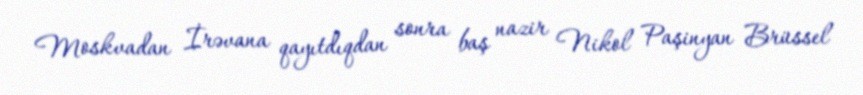
Moskvadan İrəvana qayıtdıqdan sonra baş nazir Nikol Paşinyan Brüssel